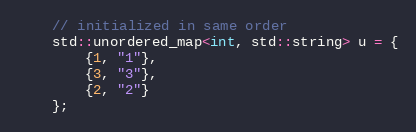
Language: C++
    // initialized in same order
    std::unordered_map<int, std::string> u = {
        {1, "1"},
        {3, "3"},
        {2, "2"}
    };